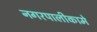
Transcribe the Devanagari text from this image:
नगरपालीकामे